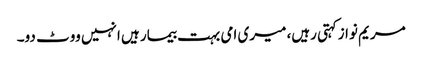
مریم نوازکہتی رہیں، میری امی بہت بیمار ہیں انہیں ووٹ دو۔